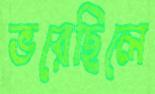
ভরেছিলে